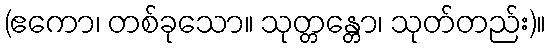
(ဧကော၊ တစ်ခုသော။ သုတ္တန္တော၊ သုတ်တည်း)။